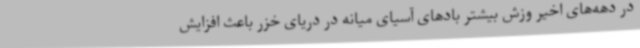
در دهه‌های اخیر وزش بیشتر بادهای آسیای میانه در دریای خزر باعث افزایش